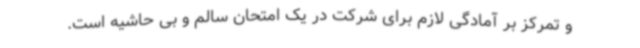
و تمرکز بر آمادگی لازم برای شرکت در یک امتحان سالم و بی حاشیه است.